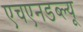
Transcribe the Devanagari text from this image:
एचएनडब्ल्यू